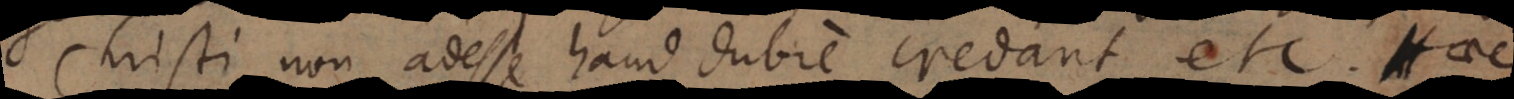
Christi non adesse haud dubie credant etc. Haec